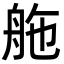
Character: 䑨